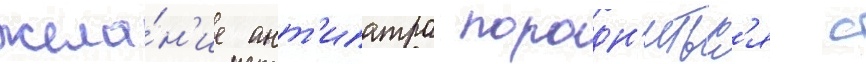
жела́н'ие ант'ипатра породн'итьс'я с